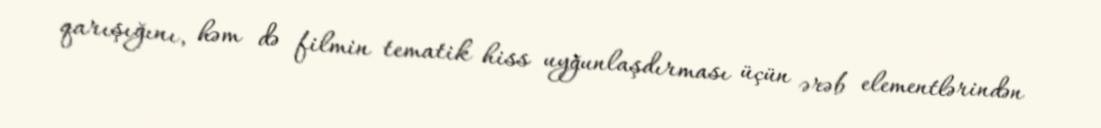
qarışığını, həm də filmin tematik hiss uyğunlaşdırması üçün ərəb elementlərindən